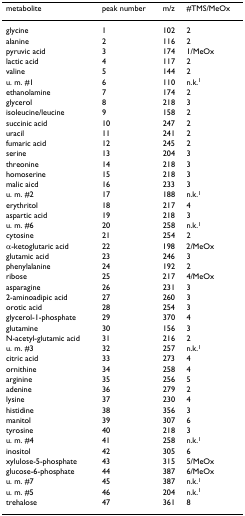
<table><thead><tr><td><b>metabolite</b></td><td><b>peak number</b></td><td><b>m/z</b></td><td><b>#TMS/MeOx</b></td></tr></thead><tbody><tr><td>glycine</td><td>1</td><td>102</td><td>2</td></tr><tr><td>alanine</td><td>2</td><td>116</td><td>2</td></tr><tr><td>pyruvic acid</td><td>3</td><td>174</td><td>1/MeOx</td></tr><tr><td>lactic acid</td><td>4</td><td>117</td><td>2</td></tr><tr><td>valine</td><td>5</td><td>144</td><td>2</td></tr><tr><td>u. m. #1</td><td>6</td><td>110</td><td>n.k.<sup>1</sup></td></tr><tr><td>ethanolamine</td><td>7</td><td>174</td><td>2</td></tr><tr><td>glycerol</td><td>8</td><td>218</td><td>3</td></tr><tr><td>isoleucine/leucine</td><td>9</td><td>158</td><td>2</td></tr><tr><td>succinic acid</td><td>10</td><td>247</td><td>2</td></tr><tr><td>uracil</td><td>11</td><td>241</td><td>2</td></tr><tr><td>fumaric acid</td><td>12</td><td>245</td><td>2</td></tr><tr><td>serine</td><td>13</td><td>204</td><td>3</td></tr><tr><td>threonine</td><td>14</td><td>218</td><td>3</td></tr><tr><td>homoserine</td><td>15</td><td>218</td><td>3</td></tr><tr><td>malic aicd</td><td>16</td><td>233</td><td>3</td></tr><tr><td>u. m. #2</td><td>17</td><td>188</td><td>n.k.<sup>1</sup></td></tr><tr><td>erythritol</td><td>18</td><td>217</td><td>4</td></tr><tr><td>aspartic acid</td><td>19</td><td>218</td><td>3</td></tr><tr><td>u. m. #6</td><td>20</td><td>258</td><td>n.k.<sup>1</sup></td></tr><tr><td>cytosine</td><td>21</td><td>254</td><td>2</td></tr><tr><td>α-ketoglutaric acid</td><td>22</td><td>198</td><td>2/MeOx</td></tr><tr><td>glutamic acid</td><td>23</td><td>246</td><td>3</td></tr><tr><td>phenylalanine</td><td>24</td><td>192</td><td>2</td></tr><tr><td>ribose</td><td>25</td><td>217</td><td>4/MeOx</td></tr><tr><td>asparagine</td><td>26</td><td>231</td><td>3</td></tr><tr><td>2-aminoadipic acid</td><td>27</td><td>260</td><td>3</td></tr><tr><td>orotic acid</td><td>28</td><td>254</td><td>3</td></tr><tr><td>glycerol-1-phosphate</td><td>29</td><td>370</td><td>4</td></tr><tr><td>glutamine</td><td>30</td><td>156</td><td>3</td></tr><tr><td>N-acetyl-glutamic acid</td><td>31</td><td>216</td><td>2</td></tr><tr><td>u. m. #3</td><td>32</td><td>257</td><td>n.k.<sup>1</sup></td></tr><tr><td>citric acid</td><td>33</td><td>273</td><td>4</td></tr><tr><td>ornithine</td><td>34</td><td>258</td><td>4</td></tr><tr><td>arginine</td><td>35</td><td>256</td><td>5</td></tr><tr><td>adenine</td><td>36</td><td>279</td><td>2</td></tr><tr><td>lysine</td><td>37</td><td>230</td><td>4</td></tr><tr><td>histidine</td><td>38</td><td>356</td><td>3</td></tr><tr><td>manitol</td><td>39</td><td>307</td><td>6</td></tr><tr><td>tyrosine</td><td>40</td><td>218</td><td>3</td></tr><tr><td>u. m. #4</td><td>41</td><td>258</td><td>n.k.<sup>1</sup></td></tr><tr><td>inositol</td><td>42</td><td>305</td><td>6</td></tr><tr><td>xylulose-5-phosphate</td><td>43</td><td>315</td><td>5/MeOx</td></tr><tr><td>glucose-6-phosphate</td><td>44</td><td>387</td><td>6/MeOx</td></tr><tr><td>u. m. #7</td><td>45</td><td>387</td><td>n.k.<sup>1</sup></td></tr><tr><td>u. m. #5</td><td>46</td><td>204</td><td>n.k.<sup>1</sup></td></tr><tr><td>trehalose</td><td>47</td><td>361</td><td>8</td></tr></tbody></table>